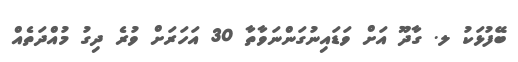
ބޭފުޅަކު ލ. ގާދޫ އަށް ވަޑައިނުގަންނަވާތާ 30 އަހަރަށް ވުރެ ދިގު މުއްދަތެއް